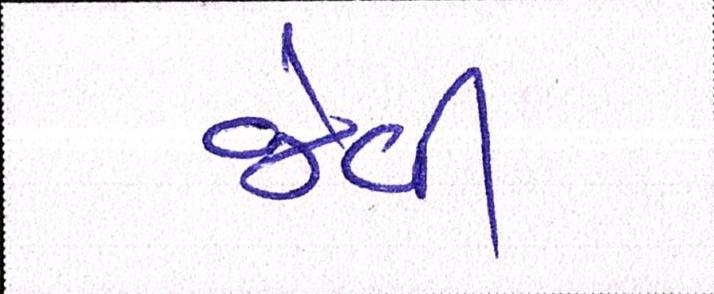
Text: જેવી